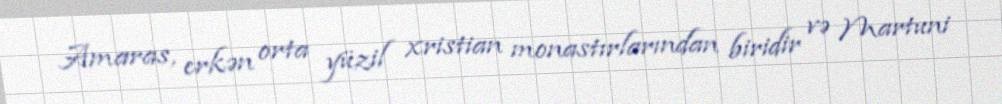
Amaras, erkən orta yüzil xristian monastırlarından biridir və Martuni